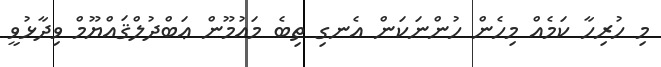
މި ހުރިހާ ކަމެއް މިހެން ހުންނަކަން އެނގި ތިބެ މައުމޫން ޢަބްދުލްޤައްޔޫމް ވިދާޅުވީ